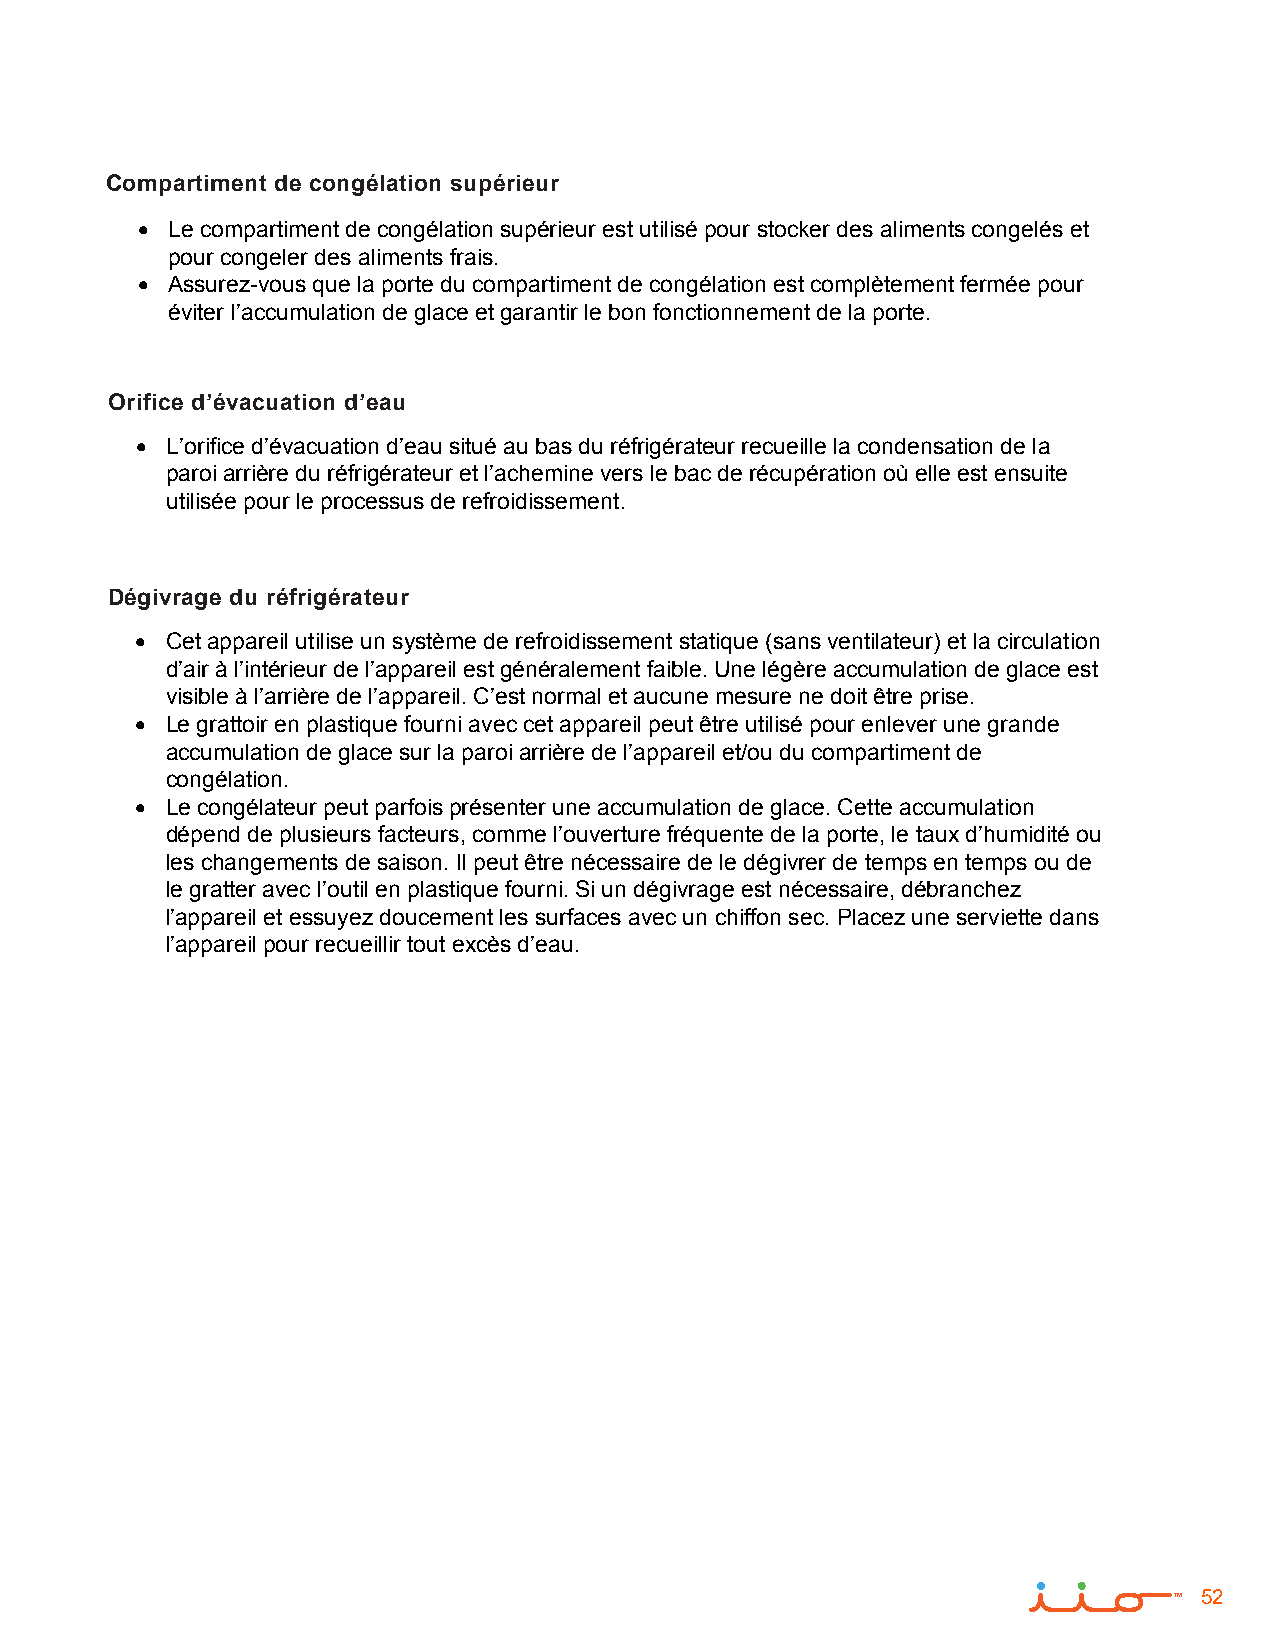
Compartiment de congélation supérieur
 • Le compartiment de congélation supérieur est utilisé pour stocker des aliments congelés et
 pour congeler des aliments frais.
 • Assurez-vous que la porte du compartiment de congélation est complètement fermée pour
 éviter l’accumulation de glace et garantir le bon fonctionnement de la porte.
 Orifice d’évacuation d’eau
 • L’orifice d’évacuation d’eau situé au bas du réfrigérateur recueille la condensation de la
 paroi arrière du réfrigérateur et l’achemine vers le bac de récupération où elle est ensuite
 utilisée pour le processus de refroidissement.
 Dégivrage du réfrigérateur
 • Cet appareil utilise un système de refroidissement statique (sans ventilateur) et la circulation
 d’air à l’intérieur de l’appareil est généralement faible. Une légère accumulation de glace est
 visible à l’arrière de l’appareil. C’est normal et aucune mesure ne doit être prise.
 • Le grattoir en plastique fourni avec cet appareil peut être utilisé pour enlever une grande
 accumulation de glace sur la paroi arrière de l’appareil et/ou du compartiment de
 congélation.
 • Le congélateur peut parfois présenter une accumulation de glace. Cette accumulation
 dépend de plusieurs facteurs, comme l’ouverture fréquente de la porte, le taux d’humidité ou
 les changements de saison. Il peut être nécessaire de le dégivrer de temps en temps ou de
 le gratter avec l’outil en plastique fourni. Si un dégivrage est nécessaire, débranchez
 l’appareil et essuyez doucement les surfaces avec un chiffon sec. Placez une serviette dans
 l’appareil pour recueillir tout excès d’eau.
 52